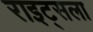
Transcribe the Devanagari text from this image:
राइट्सला